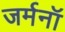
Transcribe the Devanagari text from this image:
जर्मनॉ